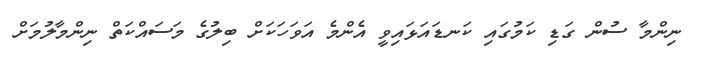
ނިންމާ ސުން ގަޑި ކަމުގައި ކަނޑައަޅައިވީ އެންމެ އަވަހަކަށް ބިލުގެ މަސައްކަތް ނިންމާލުމަށް